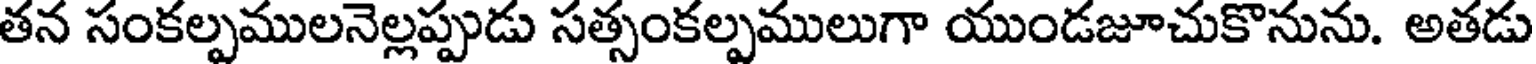
తన సంకల్పములనెల్లప్పుడు సత్సంకల్పములుగా యుండజూచుకొనును. అతడు